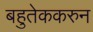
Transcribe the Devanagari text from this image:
बहुतेककरुन